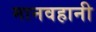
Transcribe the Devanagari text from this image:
मानवहानी